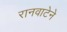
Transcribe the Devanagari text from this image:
रानवाटेने